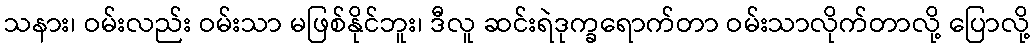
သနား၊ ဝမ်းလည်း ဝမ်းသာ မဖြစ်နိုင်ဘူး၊ ဒီလူ ဆင်းရဲဒုက္ခရောက်တာ ဝမ်းသာလိုက်တာလို့ ပြောလို့